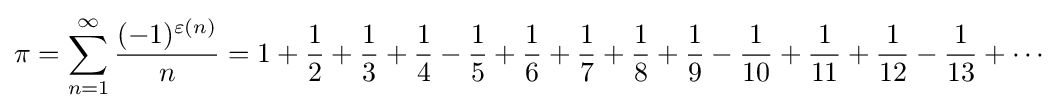
\pi =\sum _{n=1}^{\infty }{\frac {(-1)^{\varepsilon (n)}}{n}}=1+{\frac {1}{2}}+{\frac {1}{3}}+{\frac {1}{4}}-{\frac {1}{5}}+{\frac {1}{6}}+{\frac {1}{7}}+{\frac {1}{8}}+{\frac {1}{9}}-{\frac {1}{10}}+{\frac {1}{11}}+{\frac {1}{12}}-{\frac {1}{13}}+\cdots